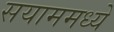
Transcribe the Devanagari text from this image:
सयाममध्ये